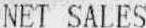
NET SALES